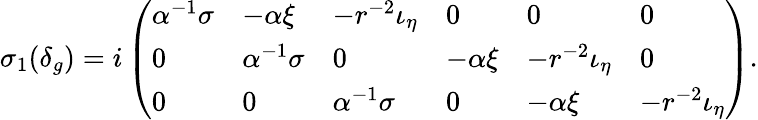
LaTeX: \sigma_{1}(\delta_{g})=i\left(\begin{array}{llllll}{\alpha^{-1}\sigma}&{-\alpha\xi}&{-r^{-2}\iota_{\eta}}&{0}&{0}&{0}\\ {0}&{\alpha^{-1}\sigma}&{0}&{-\alpha\xi}&{-r^{-2}\iota_{\eta}}&{0}\\ {0}&{0}&{\alpha^{-1}\sigma}&{0}&{-\alpha\xi}&{-r^{-2}\iota_{\eta}}\end{array}\right).